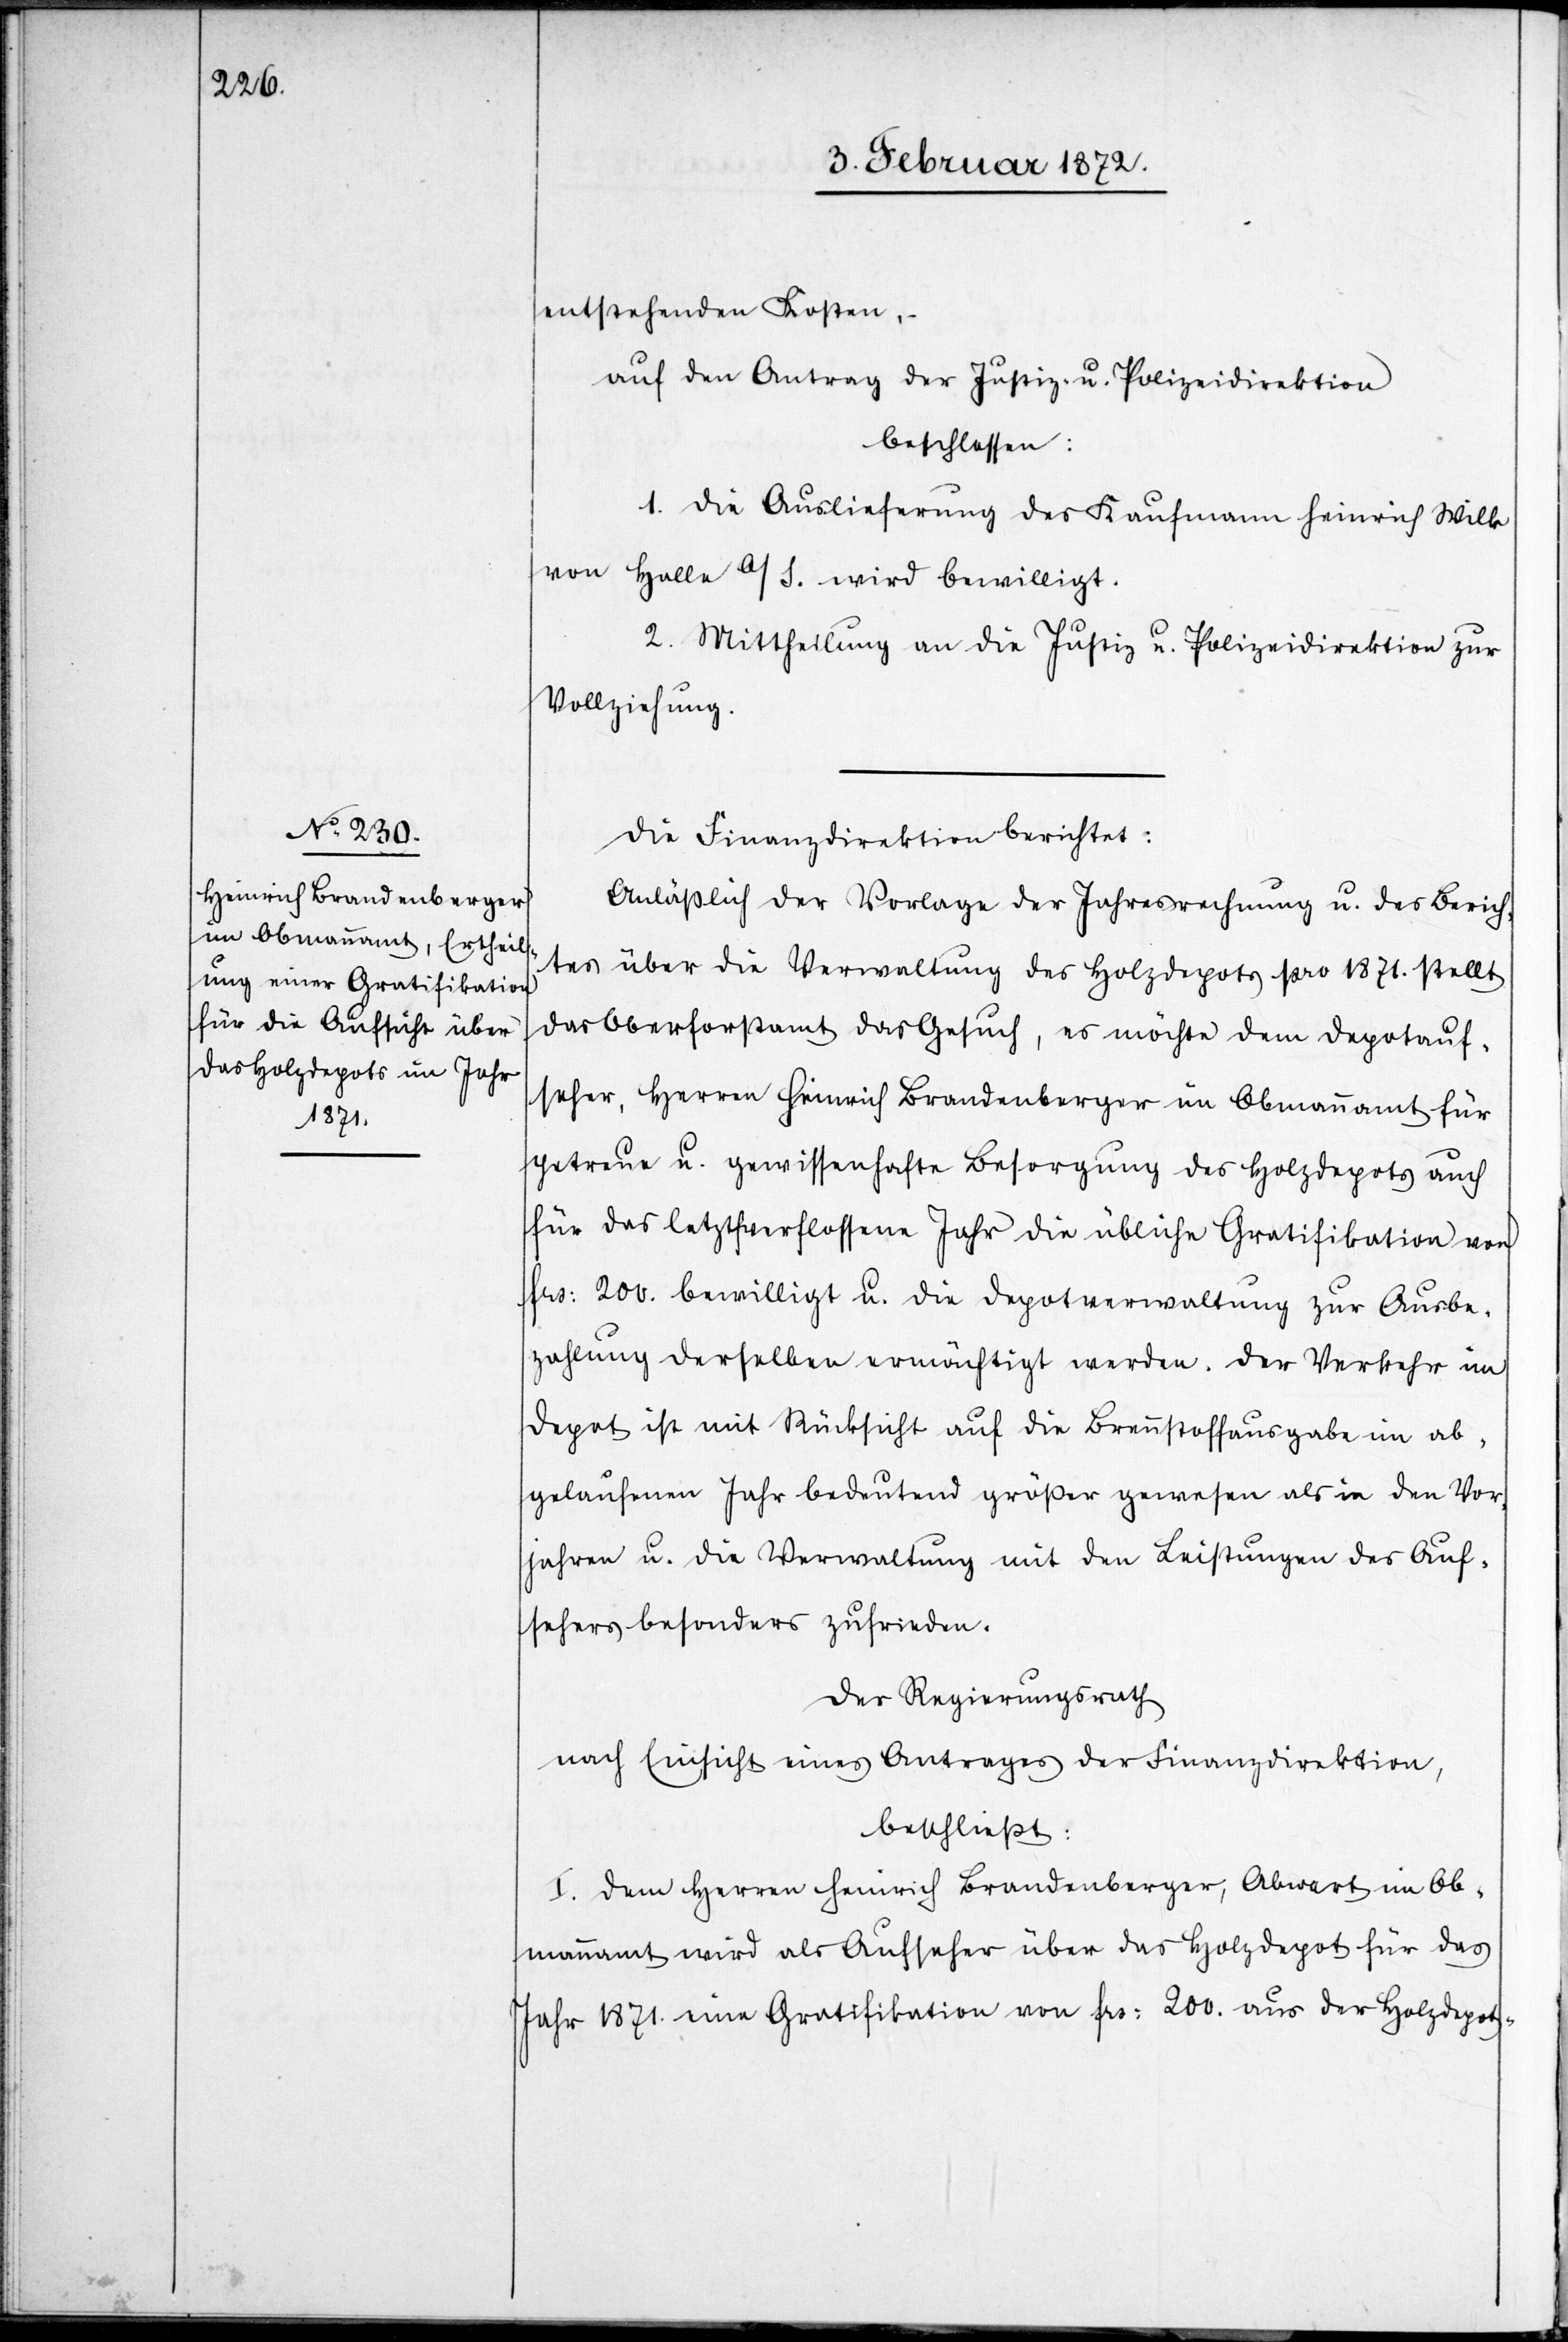
entstehenden Kosten,–
auf den Antrag der Justiz- u. Polizeidirektion
beschlossen:
1. Die Auslieferung des Kaufmann Heinrich Wilk
von Halle a/S. wird bewilligt.
2. Mittheilung an die Justiz u. Polizeidirektion zur
Vollziehung.
Die Finanzdirektion berichtet:
Anläßlich der Vorlage der Jahresrechnung u. des Berich¬
tes über die Verwaltung des Holzdepots pro 1871. stellt
das Oberforstamt das Gesuch, es möchte dem Depotauf¬
seher, Herren Heinrich Brandenberger im Obmannamt für
getreue u. gewissenhafte Besorgung des Holzdepots auch
für das letztverflossene Jahr die übliche Gratifikation von
frs. 200 bewilligt u. die Depotverwaltung zur Ausbe¬
zahlung derselben ermächtigt werde. Der Verkehr im
Depot ist mit Rücksicht auf die Brennstoffausgabe im ab¬
gelaufenen Jahr bedeutend größer gewesen als in den Vor¬
jahren u. die Verwaltung mit den Leistungen des Auf¬
sehers besonders zufrieden.
Der Regierungsrath
nach Einsicht eines Antrages der Finanzdirektion,
beschließt:
I. Dem Herren Heinrich Brandenberger, Abwart im Ob¬
mannamt wird als Aufseher über das Holzdepot für das
Jahr 1871. eine Gratifikation von frs. 200. aus der Holzdepot-